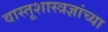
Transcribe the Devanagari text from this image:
वास्तूशास्त्रज्ञांच्या